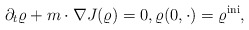
\begin{align*}\partial_t \varrho + m \cdot \nabla J(\varrho) = 0, \varrho(0,\cdot)=\varrho^{\rm ini},\end{align*}